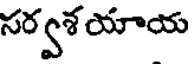
సర్వశ యాయ